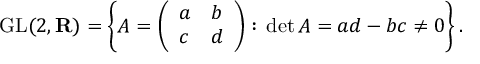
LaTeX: \operatorname { G L } ( 2 , \mathbf { R } ) = \left\{ A = { \left( \begin{array} { l l } { a } & { b } \\ { c } & { d } \end{array} \right) } : \, \operatorname* { d e t } A = a d - b c \neq 0 \right\} .